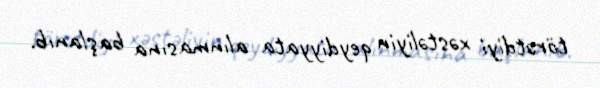
törətdiyi xəstəliyin qeydiyyata alınmasına başlanıb.